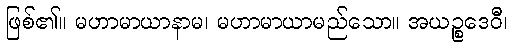
ဖြစ်၏။ မဟာမာယာနာမ၊ မဟာမာယာမည်သော။ အယဉ္စဒေဝီ၊